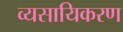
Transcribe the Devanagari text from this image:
व्यसायिकरण